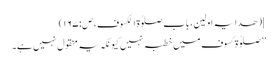
](ھدایہ اولین، باب صلوٰۃ الکسوف، ص:۱۶۷)
’’صلوٰۃ کسوف میں خطبہ نہیں کیونکہ یہ منقول نہیں ہے۔